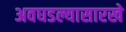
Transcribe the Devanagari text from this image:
अवघडल्यासारखे